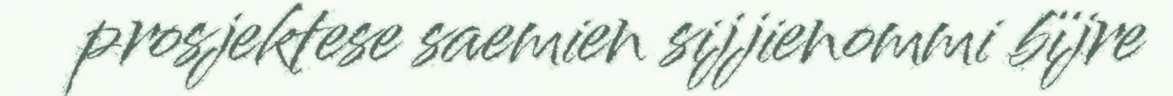
prosjektese saemien sijjienommi bïjre